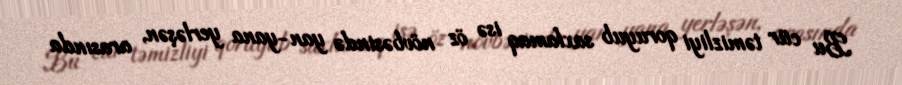
Bu cür təmizliyi qoruyub saxlamaq isə öz növbəsində yan-yana yerləşən, arasında